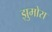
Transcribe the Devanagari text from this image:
झुमोरा